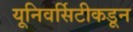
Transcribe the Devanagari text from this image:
यूनिवर्सिटीकडून